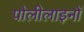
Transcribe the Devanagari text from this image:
पोलीलाइनों